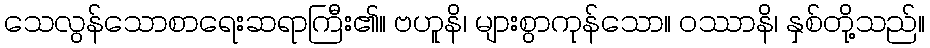
သေလွန်သောစာရေးဆရာကြီး၏။ ဗဟူနိ၊ များစွာကုန်သော။ ဝဿာနိ၊ နှစ်တို့သည်။